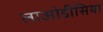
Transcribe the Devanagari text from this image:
लाओडीसिया